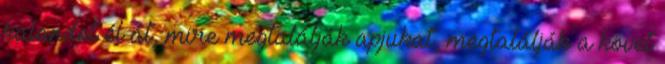
kalandot él át, mire megtalálják apjukat, megtalálják a követ